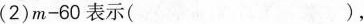
(2)$$m - 6 0$$表示()，